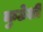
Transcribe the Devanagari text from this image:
कुठेशी